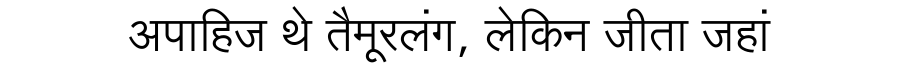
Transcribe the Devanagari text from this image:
अपाहिज थे तैमूरलंग, लेकिन जीता जहां